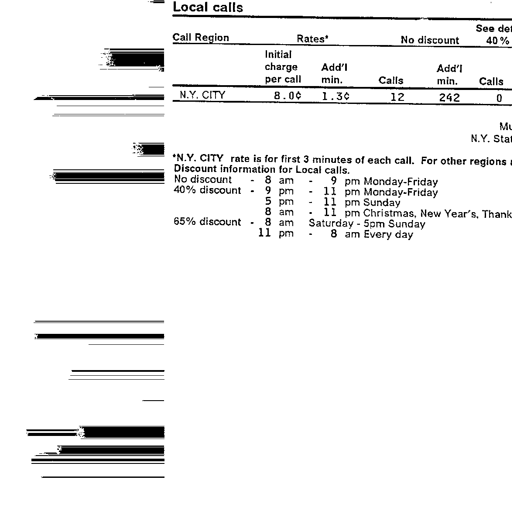
Local calls
Call Region
Rates*
No discount
See det
40%
Initial
charge
per call
Add'l
min.
Calls
Add'l
min.
Calls
N.Y. CITY
8.0¢
1.3¢
12
242
0
Mu
N.Y. Stat
*N.Y. CITY rate is for first 3 minutes of each call. For other regions
Discount information for Local calls.
No discount - 8 am - 9 pm Monday-Friday
40% discount - 9 pm - 11 pm Monday-Friday
5 pm - 11 pm Sunday
8 am - 11 pm Christmas, New Year's, Thank
65% discount - 8 am Saturday - 5pm Sunday
11 pm - 8 am Every day